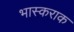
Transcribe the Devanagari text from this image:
भास्कराक